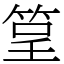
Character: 䇸